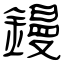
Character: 鏝